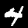
Digit: 4